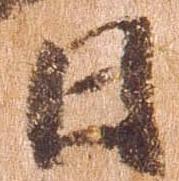
日